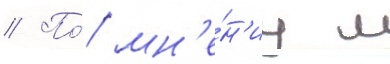
// По́ мн'е́н'иу л